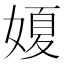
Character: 𡟺